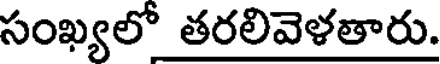
సంఖ్యలో తరలివెళతారు.